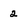
Character: 2